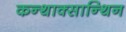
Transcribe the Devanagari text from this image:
कन्थाक्सान्थिन